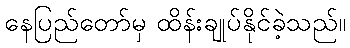
နေပြည်တော်မှ ထိန်းချုပ်နိုင်ခဲ့သည်။